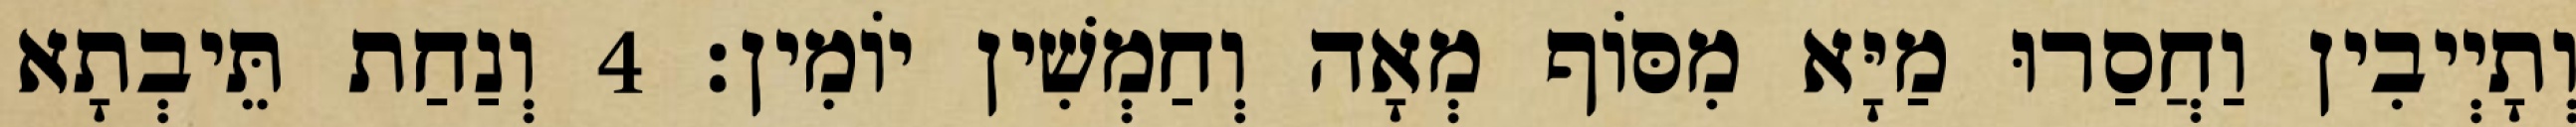
וְתָיְיבִין וַחֲסַרוּ מַיָּא מִסּוֹף מְאָה וְחַמְשִׁין יוֹמִין׃ 4 וְנַחַת תֵּיבְתָא